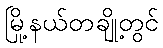
မြို့နယ်တချို့တွင်